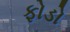
ફોડો